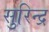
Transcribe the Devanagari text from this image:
सुरिन्द्र